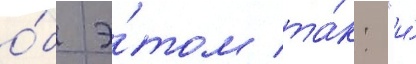
о́б э́том та́к: "и́